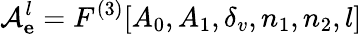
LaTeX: \mathcal{A}_{\mathbf e}^{l}=F^{(3)}[A_{0},A_{1},\delta_{v},n_{1},n_{2},l]